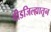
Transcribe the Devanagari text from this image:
बीडजिल्ह्यातून